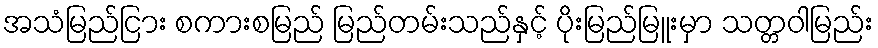
အသံမြည်ငြား စကားစမြည် မြည်တမ်းသည်နှင့် ပိုးမြည်မြူးမှာ သတ္တဝါမြည်း